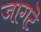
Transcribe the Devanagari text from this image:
जागटॆ